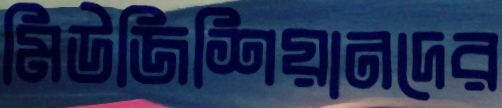
মিউজিশিয়ানদের